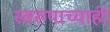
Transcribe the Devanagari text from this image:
स्वरूपाच्याही